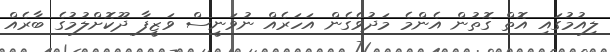
ލިއުމުގައި އޮތް ގޮތުން އެންމެ މަދުވެގެން އަހަރެއް ނުވަނީސް ވަޒީފާ ދޫކޮށްލުމުގެ ބާރެއް